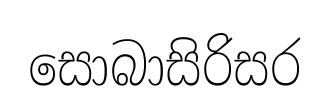
සොබාසිරිසර